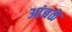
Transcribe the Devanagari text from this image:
आंबळे